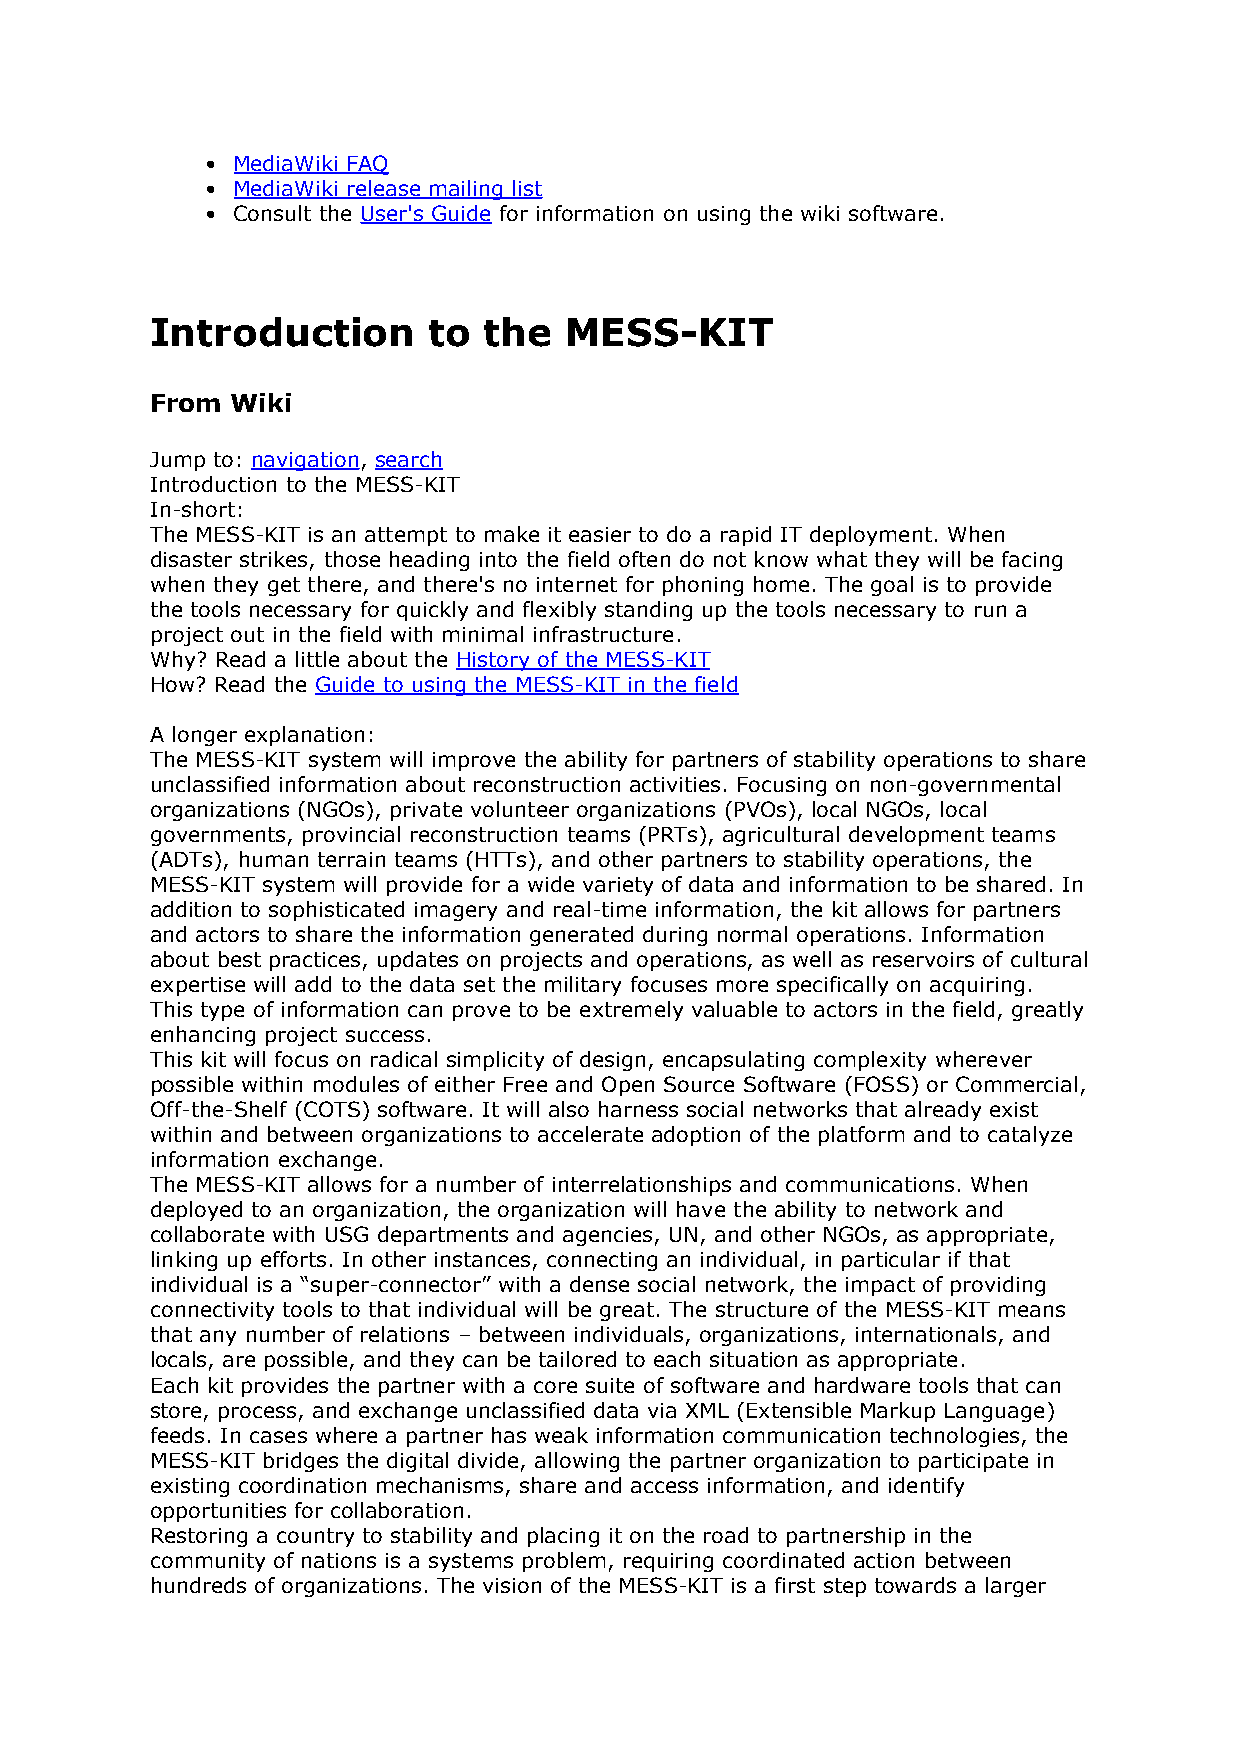
• MediaWiki FAQ
 • MediaWiki release mailing list
 • Consult the User's Guide for information on using the wiki software.
 Introduction      to  the  MESS-KIT
 From Wiki
 Jump to: navigation, search
 Introduction to the MESS-KIT
 In-short:
 The MESS-KIT is an attempt to make it easier to do a rapid IT deployment. When
 disaster strikes, those heading into the field often do not know what they will be facing
 when they get there, and there's no internet for phoning home. The goal is to provide
 the tools necessary for quickly and flexibly standing up the tools necessary to run a
 project out in the field with minimal infrastructure.
 Why? Read a little about the History of the MESS-KIT
 How? Read the Guide to using the MESS-KIT in the field
 A longer explanation:
 The MESS-KIT system will improve the ability for partners of stability operations to share
 unclassified information about reconstruction activities. Focusing on non-governmental
 organizations (NGOs), private volunteer organizations (PVOs), local NGOs, local
 governments, provincial reconstruction teams (PRTs), agricultural development teams
 (ADTs), human terrain teams (HTTs), and other partners to stability operations, the
 MESS-KIT system will provide for a wide variety of data and information to be shared. In
 addition to sophisticated imagery and real-time information, the kit allows for partners
 and actors to share the information generated during normal operations. Information
 about best practices, updates on projects and operations, as well as reservoirs of cultural
 expertise will add to the data set the military focuses more specifically on acquiring.
 This type of information can prove to be extremely valuable to actors in the field, greatly
 enhancing project success.
 This kit will focus on radical simplicity of design, encapsulating complexity wherever
 possible within modules of either Free and Open Source Software (FOSS) or Commercial,
 Off-the-Shelf (COTS) software. It will also harness social networks that already exist
 within and between organizations to accelerate adoption of the platform and to catalyze
 information exchange.
 The MESS-KIT allows for a number of interrelationships and communications. When
 deployed to an organization, the organization will have the ability to network and
 collaborate with USG departments and agencies, UN, and other NGOs, as appropriate,
 linking up efforts. In other instances, connecting an individual, in particular if that
 individual is a “super-connector” with a dense social network, the impact of providing
 connectivity tools to that individual will be great. The structure of the MESS-KIT means
 that any number of relations – between individuals, organizations, internationals, and
 locals, are possible, and they can be tailored to each situation as appropriate.
 Each kit provides the partner with a core suite of software and hardware tools that can
 store, process, and exchange unclassified data via XML (Extensible Markup Language)
 feeds. In cases where a partner has weak information communication technologies, the
 MESS-KIT bridges the digital divide, allowing the partner organization to participate in
 existing coordination mechanisms, share and access information, and identify
 opportunities for collaboration.
 Restoring a country to stability and placing it on the road to partnership in the
 community of nations is a systems problem, requiring coordinated action between
 hundreds of organizations. The vision of the MESS-KIT is a first step towards a larger